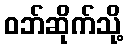
ဝဘ်ဆိုက်သို့